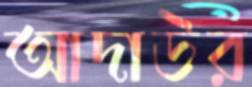
আদাউর